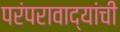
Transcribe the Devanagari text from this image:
परंपरावाद्यांची